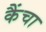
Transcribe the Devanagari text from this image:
कैंचा